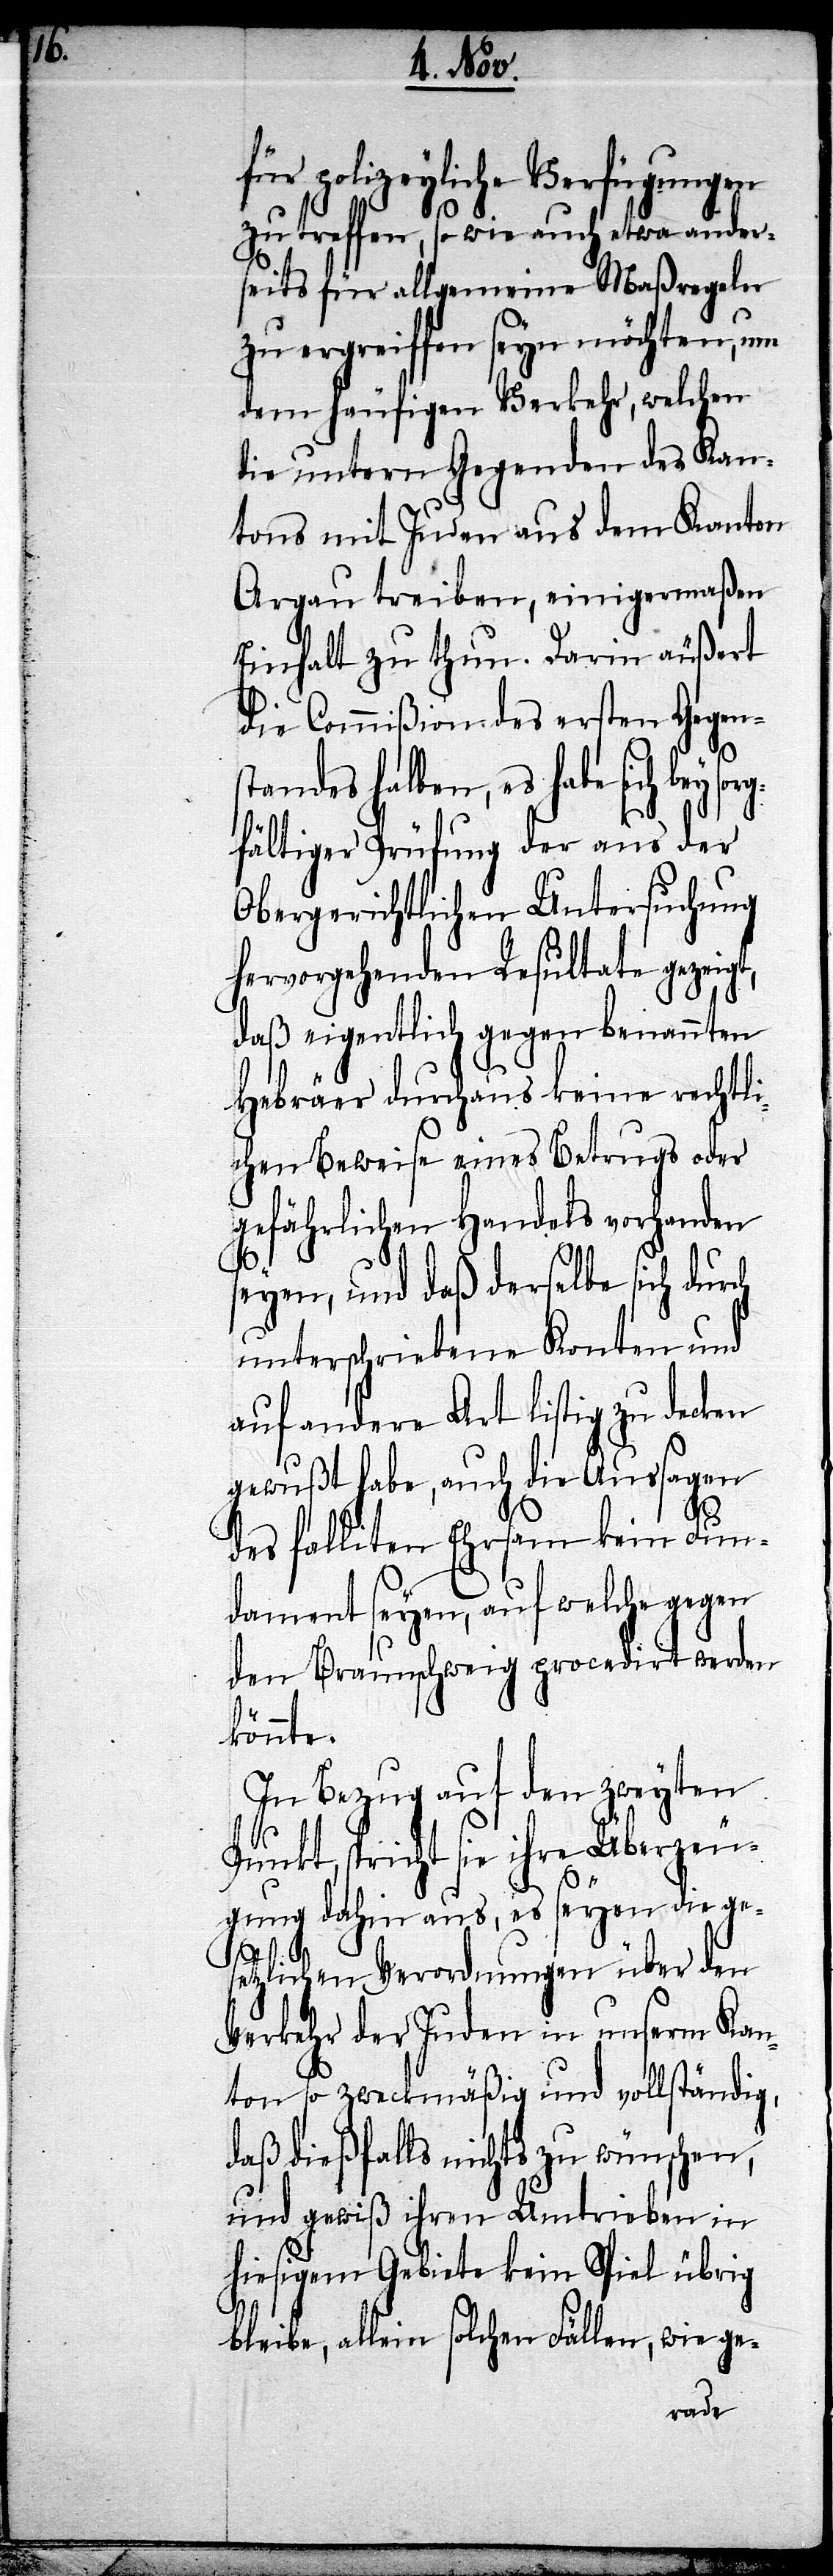
für polizeyliche Verfügungen
zu treffen, so wie auch etwa ander¬
seits für allgemeine Maßregeln
zu ergreiffen seyn möchten, um
dem häufigen Verkehr, welchen
die untern Gegenden des Kan¬
tons mit Juden aus dem Kanton
Argau treiben, einigermaßen
Einhalt zu thun. Darin äußert
die Commißion des ersten Gegen¬
andes halben, es habe sich bey
fältiger Prüfung der aus der
Obergerichtlichen Untersuchung
hervorgehender Resultate gezeigt,
daß eigentlich gegen benannten
Hebräer durchaus keine rechtli¬
chen Beweise eines Betrugs oder
gefährlichen Handels vorhanden
seyen, und daß derselbe sich durch
unterschriebene Konten und
auf andere Art listig zu decken
gewußt habe, auch die Aussagen
des falliten Ehrsam kein Fun¬
dament seyen, auf welche gegen
den Braunschweig procedirt werden
könnte.
In Bezug auf den zweyten
Punkt, spricht sie ihre Überzeu¬
gung dahin aus, es seyen die ge¬
rg¬
setzlichen Verordnungen über den
Verkehr der Juden in unserm Kan¬
ton so zweckmäßig und vollständig,
daß dießfalls nichts zu wünschen,
und gewiß ihren Umtrieben in
hiesigem Gebiete kein Spiel übrig
bleibe, allein solchen Fällen, wie ge-